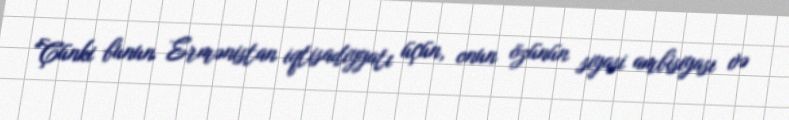
“Çünki bunun Ermənistan iqtisadiyyatı üçün, onun özünün siyasi ambisiyası və